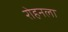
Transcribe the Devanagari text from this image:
रोहनला